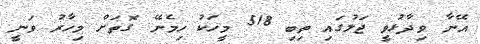
އޭނާ ވިދާޅުވީ ޖަލުގައި ތިބި 518 މީހަކު ހިމެނޭ ގޮތަށް މިހާރު ވަނީ